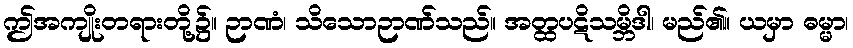
ဤအကျိုးတရားတို့၌။ ဉာဏံ၊ သိသောဉာဏ်သည်။ အတ္ထပဋိသမ္ဘိဒါ၊ မည်၏။ ယမှာ ဓမ္မာ၊